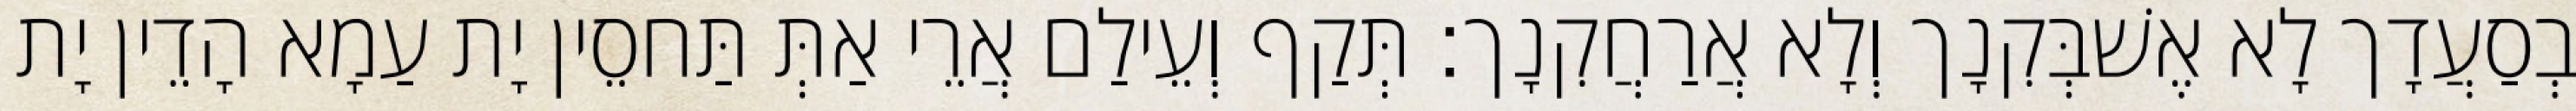
בְסַעֲדָך לָא אֶשׁבְּקִנָך וְלָא אֲרַחֲקִנָך׃ תְּקַף וְעֵילַם אֲרֵי אַתְּ תַּחסֵין יָת עַמָא הָדֵין יָת